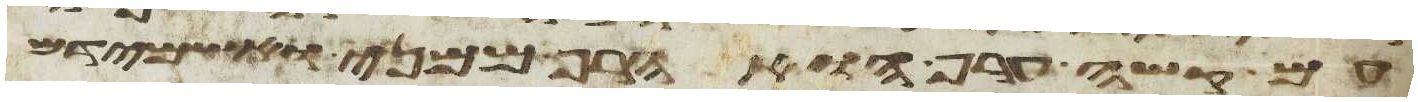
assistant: עם קשה ערף הוא הרף ממני ואשמידם